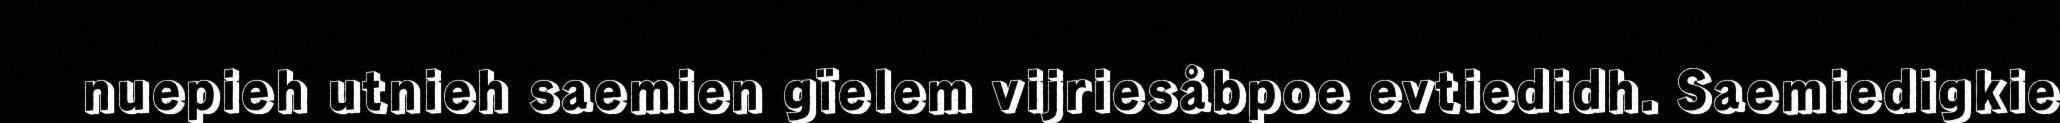
nuepieh utnieh saemien gïelem vijriesåbpoe evtiedidh. Saemiedigkie